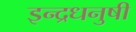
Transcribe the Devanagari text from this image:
इन्‍द्रधनुषी